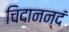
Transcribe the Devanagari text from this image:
चिदानन्दं